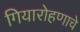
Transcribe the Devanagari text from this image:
गियारोहणाचे